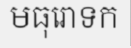
មធុរោទក